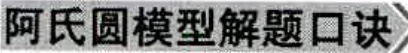
阿氏圆模型解题口诀